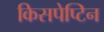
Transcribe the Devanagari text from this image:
किसपेप्टिन